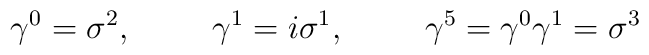
\gamma^0=\sigma^2, \hspace{1cm} \gamma^1=i \sigma^1, \hspace{1cm}\gamma^5=\gamma^0 \gamma^1=\sigma^3